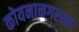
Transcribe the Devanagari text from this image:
कोयनानगरला